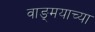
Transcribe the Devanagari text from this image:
वाङ्‍मयाच्या